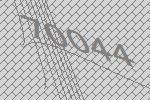
70044